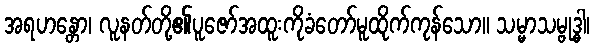
အရဟန္တော၊ လူနတ်တို့၏ပူဇော်အထူးကိုခံတော်မူထိုက်ကုန်သော။ သမ္မာသမ္ဗုဒ္ဓါ၊